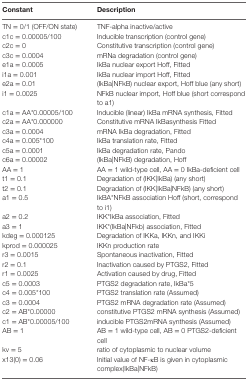
<table><thead><tr><td><b>Constant</b></td><td><b>Description</b></td></tr></thead><tbody><tr><td>TN = 0/1 (OFF/ON state)</td><td>TNF-alpha inactive/active</td></tr><tr><td>c1c = 0.00005/100</td><td>Inducible transcription (control gene)</td></tr><tr><td>c2c = 0</td><td>Constitutive transcription (control gene)</td></tr><tr><td>c3c = 0.0004</td><td>mRNa degradation (control gene)</td></tr><tr><td>e1a = 0.0005</td><td>IkBa nuclear export Hoff, Fitted</td></tr><tr><td>i1a = 0.001</td><td>IkBa nuclear import Hoff, Fitted</td></tr><tr><td>e2a = 0.01</td><td>(IkBa|NFkB) nuclear export, Hoff blue (any short)</td></tr><tr><td>i1 = 0.0025</td><td>NFkB nuclear import, Hoff blue (short correspond to a1)</td></tr><tr><td>c1a = AA*0.00005/100</td><td>Inducible (linear) IkBa mRNA synthesis, Fitted</td></tr><tr><td>c2a = AA*0.000000</td><td>Constitutive mRNA IkBasynthesis Fitted</td></tr><tr><td>c3a = 0.0004</td><td>mRNA IkBa degradation, Fitted</td></tr><tr><td>c4a = 0.005*100</td><td>IkBa translation rate, Fitted</td></tr><tr><td>c5a = 0.0001</td><td>IkBa degradation rate, Pando</td></tr><tr><td>c6a = 0.00002</td><td>(IkBa|NFkB) degradation, Hoff</td></tr><tr><td>AA = 1</td><td>AA = 1 wild-type cell, AA = 0 IkBa-deficient cell</td></tr><tr><td>t1 = 0.1</td><td>Degradation of (IKK|IkBa) (any short)</td></tr><tr><td>t2 = 0.1</td><td>Degradation of (IKK|IkBa|NFkB) (any short)</td></tr><tr><td>a1 = 0.5</td><td>IkBA*NFkB association Hoff (short, correspond to i1)</td></tr><tr><td>a2 = 0.2</td><td>IKK*IkBa association, Fitted</td></tr><tr><td>a3 = 1</td><td>IKK*(IkBa|NFkb) association, Fitted</td></tr><tr><td>kdeg = 0.000125</td><td>Degradation of IKKa, IKKn, and IKKi</td></tr><tr><td>kprod = 0.000025</td><td>IKKn production rate</td></tr><tr><td>r3 = 0.0015</td><td>Spontaneous inactivation, Fitted</td></tr><tr><td>r2 = 0.1</td><td>Inactivation caused by PTGS2, Fitted</td></tr><tr><td>r1 = 0.0025</td><td>Activation caused by drug, Fitted</td></tr><tr><td>c5 = 0.0003</td><td>PTGS2 degradation rate, IkBa*5</td></tr><tr><td>c4 = 0.005*100</td><td>PTGS2 translation rate (Assumed)</td></tr><tr><td>c3 = 0.0004</td><td>PTGS2 mRNA degradation rate (Assumed)</td></tr><tr><td>c2 = AB*0.00000</td><td>constitutive PTGS2 mRNA synthesis (Assumed)</td></tr><tr><td>c1 = AB*0.00005/100</td><td>inducible PTGS2mRNA synthesis (Assumed)</td></tr><tr><td>AB = 1</td><td>AB = 1 wild-type cell, AB = 0 PTGS2-deficient cell</td></tr><tr><td>kv = 5</td><td>ratio of cytoplasmic to nuclear volume</td></tr><tr><td>x13(0) = 0.06</td><td>Initial value of NF-κB is given in cytoplasmic complex(IkBa|NFkB)</td></tr></tbody></table>